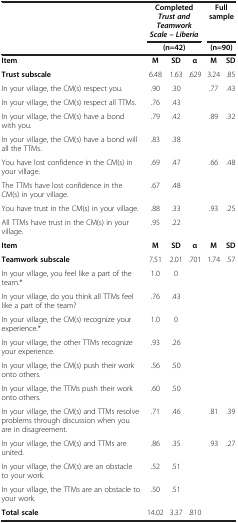
<table><thead><tr><td><b> </b></td><td colspan="3"><b>Completed <i>Trust and Teamwork Scale – Liberia</i></b></td><td colspan="2"><b>Full sample</b></td></tr><tr><td><b> </b></td><td colspan="3"><b>(n=42)</b></td><td colspan="2"><b>(n=90)</b></td></tr></thead><tbody><tr><td><b>Item</b></td><td><b>M</b></td><td><b>SD</b></td><td><b>α</b></td><td><b>M</b></td><td><b>SD</b></td></tr><tr><td><b>Trust subscale</b></td><td>6.48</td><td>1.63</td><td>.629</td><td>3.24</td><td>.85</td></tr><tr><td>In your village, the CM(s) respect you.</td><td>.90</td><td>.30</td><td> </td><td>.77</td><td>.43</td></tr><tr><td>In your village, the CM(s) respect all TTMs.</td><td>.76</td><td>.43</td><td> </td><td> </td><td> </td></tr><tr><td>In your village, the CM(s) have a bond with you.</td><td>.79</td><td>.42</td><td> </td><td>.89</td><td>.32</td></tr><tr><td>In your village, the CM(s) have a bond will all the TTMs.</td><td>.83</td><td>.38</td><td> </td><td> </td><td> </td></tr><tr><td>You have lost confidence in the CM(s) in your village.</td><td>.69</td><td>.47</td><td> </td><td>.66</td><td>.48</td></tr><tr><td>The TTMs have lost confidence in the CM(s) in your village.</td><td>.67</td><td>.48</td><td> </td><td> </td><td> </td></tr><tr><td>You have trust in the CM(s) in your village.</td><td>.88</td><td>.33</td><td> </td><td>.93</td><td>.25</td></tr><tr><td>All TTMs have trust in the CM(s) in your village.</td><td>.95</td><td>.22</td><td> </td><td> </td><td> </td></tr><tr><td><b>Item</b></td><td><b>M</b></td><td><b>SD</b></td><td><b>α</b></td><td><b>M</b></td><td><b>SD</b></td></tr><tr><td><b>Teamwork subscale</b></td><td>7.51</td><td>2.01</td><td>.701</td><td>1.74</td><td>.57</td></tr><tr><td>In your village, you feel like a part of the team.*</td><td>1.0</td><td>0</td><td> </td><td> </td><td> </td></tr><tr><td>In your village, do you think all TTMs feel like a part of the team?</td><td>.76</td><td>.43</td><td> </td><td> </td><td> </td></tr><tr><td>In your village, the CM(s) recognize your experience.*</td><td>1.0</td><td>0</td><td> </td><td> </td><td> </td></tr><tr><td>In your village, the other TTMs recognize your experience.</td><td>.93</td><td>.26</td><td> </td><td> </td><td> </td></tr><tr><td>In your village, the CM(s) push their work onto others.</td><td>.56</td><td>.50</td><td> </td><td> </td><td> </td></tr><tr><td>In your village, the TTMs push their work onto others.</td><td>.60</td><td>.50</td><td> </td><td> </td><td> </td></tr><tr><td>In your village, the CM(s) and TTMs resolve problems through discussion when you are in disagreement.</td><td>.71</td><td>.46</td><td> </td><td>.81</td><td>.39</td></tr><tr><td>In your village, the CM(s) and TTMs are united.</td><td>.86</td><td>.35</td><td> </td><td>.93</td><td>.27</td></tr><tr><td>In your village, the CM(s) are an obstacle to your work.</td><td>.52</td><td>.51</td><td> </td><td> </td><td> </td></tr><tr><td>In your village, the TTMs are an obstacle to your work.</td><td>.50</td><td>.51</td><td> </td><td> </td><td> </td></tr><tr><td><b>Total scale</b></td><td>14.02</td><td>3.37</td><td>.810</td><td> </td><td> </td></tr></tbody></table>